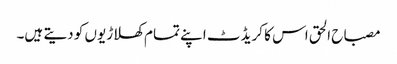
مصباح الحق اس کا کریڈٹ اپنے تمام کھلاڑیوں کو دیتے ہیں۔